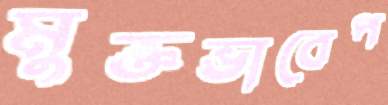
মুক্তভাবেপ